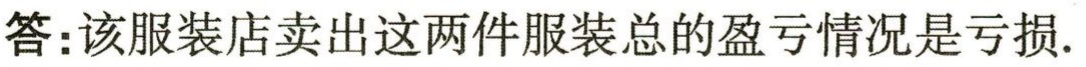
答：该服装店卖出这两件服装总的盈亏情况是亏损.